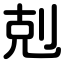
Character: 剋